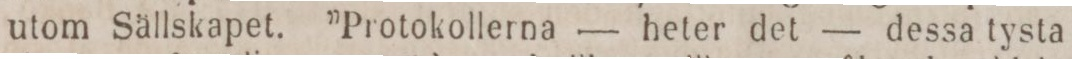
utom Sällskapet. ”Protokollerna — heter det — dessa tysta